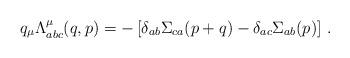
LaTeX: \begin{align*}q_\mu \Lambda^\mu_{abc}(q,p) = - \left[ \delta_{ab} \Sigma_{ca}(p + q) - \delta_{ac} \Sigma_{ab}(p ) \right] \, .\end{align*}